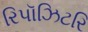
રિપૉઝિટરિ